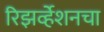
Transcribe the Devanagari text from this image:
रिझर्व्हेशनचा